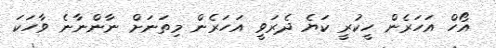
އޯހް އަހަރެން ހީކުރީ ކަޔެ ދެރަވީ އަހަރެން މިތަނަށް ނާންނާނެ ވާހަކަ